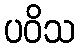
ပဝိသ